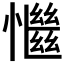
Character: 𢣎